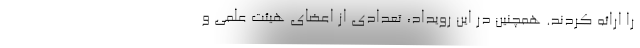
را ارائه کردند. همچنین در این رویداد، تعدادی از اعضای هیئت علمی و